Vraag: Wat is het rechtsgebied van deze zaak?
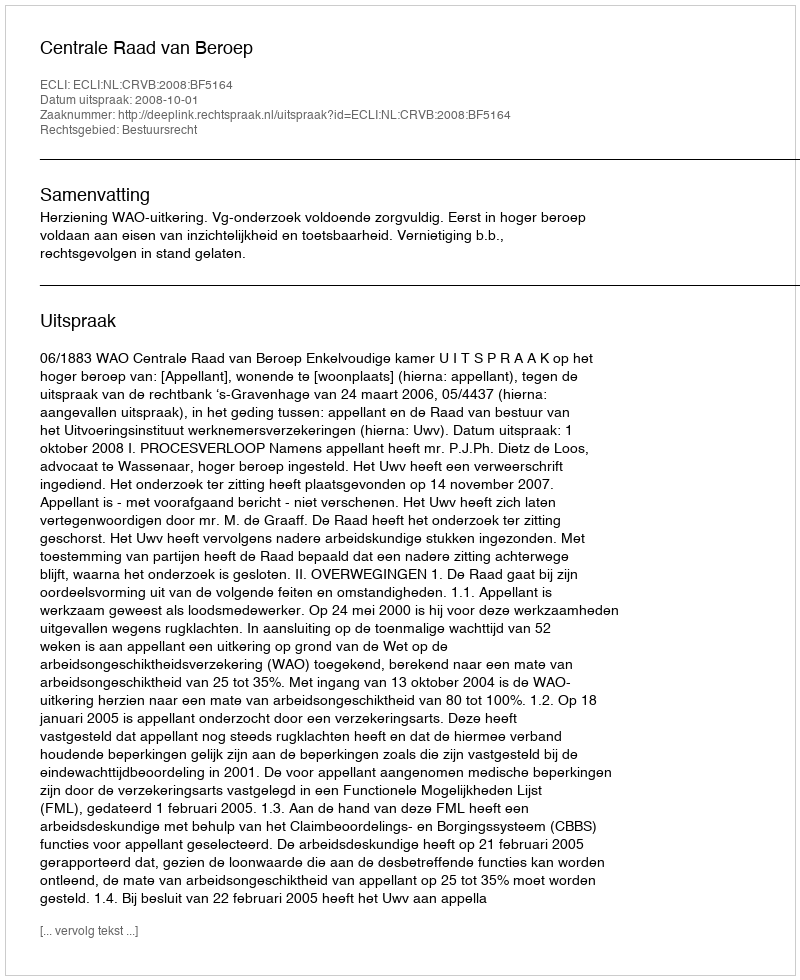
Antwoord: Bestuursrecht